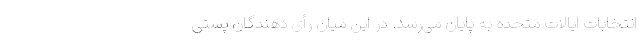
انتخابات ایالات متحده به پایان می‌رسد. در این میان رأی دهندگان پستی